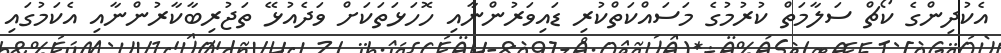
އެކުދިންގެ ކޯޗް ސަލާމަތް ކުރުމުގެ މަސައްކަތްކުރި ޑައިވަރުންނާއި ހޮހަޅަތަކަށް ވަދެއުޅޭ ތަޖުރިބާކާރުންނާއި އެކަމުގައި